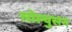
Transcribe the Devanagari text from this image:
सोल्युसन